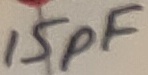
Text: 15pF